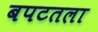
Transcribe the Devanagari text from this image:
बपटतला